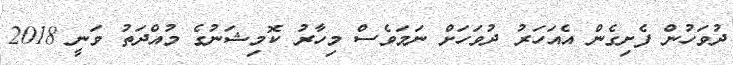
ދުވަހުން ފެށިގެން އެއަހަރު ދުވަހަށް ނަމަވެސް މިހާރު ކޮމިޝަނުގެ މުއްދަތު ވަނީ 2018